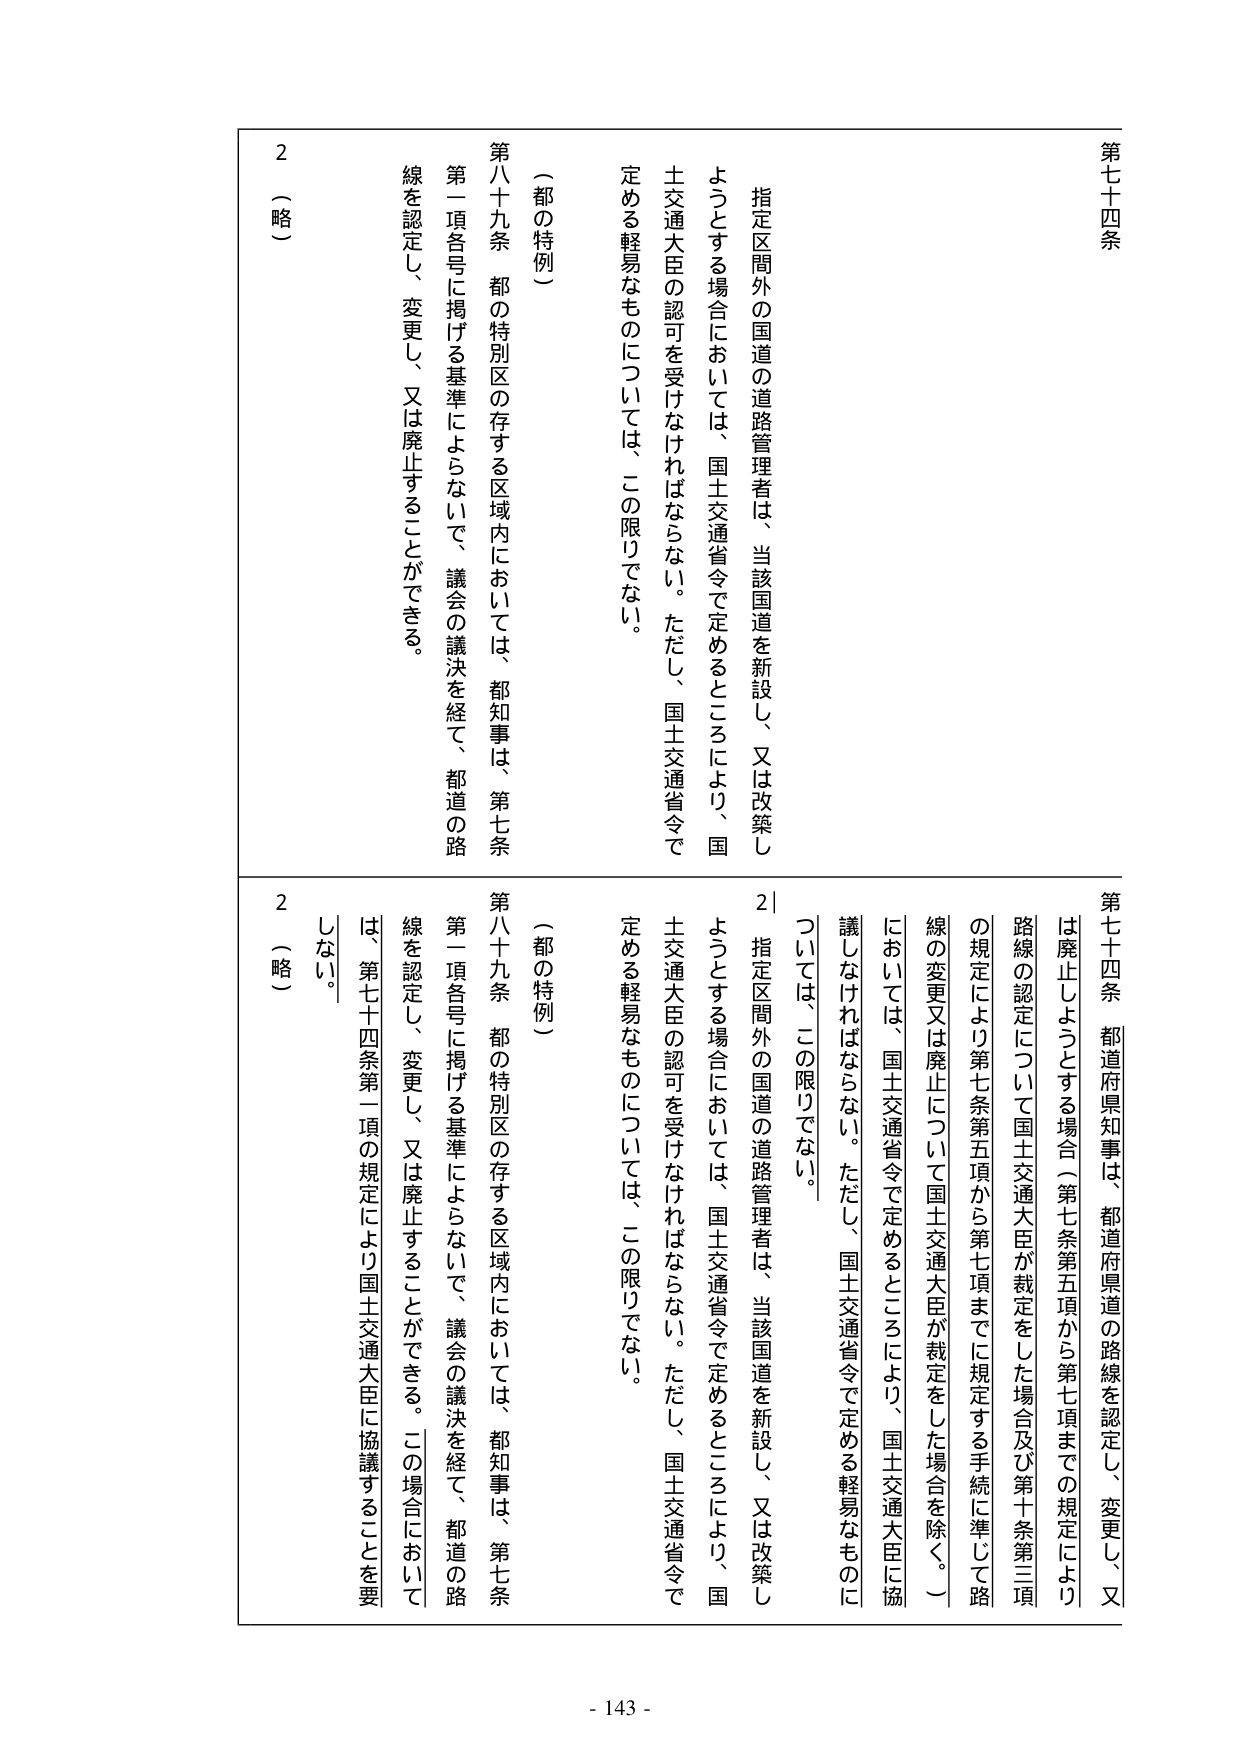
第七十四条 都道府県知事は、都道府県道の路線を認定し、変更し、又は廃止しようとする場合（第七条第五項から第七項までの規定により路線の認定について国土交通大臣が裁定をした場合及び第十条第三項の規定により第七条第五項から第七項までに規定する手続に準じて路線の変更又は廃止について国土交通大臣が裁定をした場合を除く。）においては、国土交通省令で定めるところにより、国土交通大臣に協議しなければならない。ただし、国土交通省令で定める軽易なものについては、この限りでない。

2 指定区間外の国道の道路管理者は、当該国道を新設し、又は改築しようとする場合においては、国土交通省令で定めるところにより、国土交通大臣の認可を受けなければならない。ただし、国土交通省令で定める軽易なものについては、この限りでない。

（都の特例）

第八十九条 都の特別区の存する区域内においては、都知事は、第七条第一項各号に掲げる基準によらないで、議会の議決を経て、都道の路線を認定し、変更し、又は廃止することができる。

2 （略）

第七十四条 都道府県知事は、都道府県道の路線を認定し、変更し、又は廃止しようとする場合（第七条第五項から第七項までの規定により路線の認定について国土交通大臣が裁定をした場合及び第十条第三項の規定により第七条第五項から第七項までに規定する手続に準じて路線の変更又は廃止について国土交通大臣が裁定をした場合を除く。）においては、国土交通省令で定めるところにより、国土交通大臣に協議しなければならない。ただし、国土交通省令で定める軽易なものについては、この限りでない。

2 指定区間外の国道の道路管理者は、当該国道を新設し、又は改築しようとする場合においては、国土交通省令で定めるところにより、国土交通大臣の認可を受けなければならない。ただし、国土交通省令で定める軽易なものについては、この限りでない。

（都の特例）

第八十九条 都の特別区の存する区域内においては、都知事は、第七条第一項各号に掲げる基準によらないで、議会の議決を経て、都道の路線を認定し、変更し、又は廃止することができる。この場合においては、第七十四条第一項の規定により国土交通大臣に協議することを要しない。

2 （略）

- 143 -